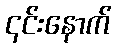
၎င်းနောက်